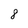
Character: 8